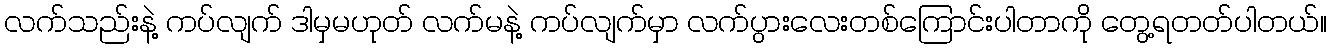
လက်သည်းနဲ့ ကပ်လျက် ဒါမှမဟုတ် လက်မနဲ့ ကပ်လျက်မှာ လက်ပွားလေးတစ်ကြောင်းပါတာကို တွေ့ရတတ်ပါတယ်။